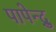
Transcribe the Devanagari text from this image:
पापेन्द्रु